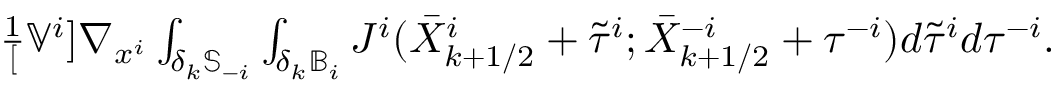
\begin{array} { r } { \frac { 1 } [ \mathbb { V } ^ { i } ] \nabla _ { x ^ { i } } \int _ { \delta _ { k } \mathbb { S } _ { - i } } \int _ { \delta _ { k } \mathbb { B } _ { i } } J ^ { i } ( \Bar { X } _ { k + 1 / 2 } ^ { i } + \Tilde { \tau } ^ { i } ; \Bar { X } _ { k + 1 / 2 } ^ { - i } + \tau ^ { - i } ) d \Tilde { \tau } ^ { i } d \tau ^ { - i } . } \end{array}